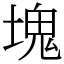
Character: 塊